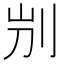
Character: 𠛕